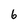
Character: 6